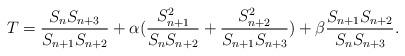
LaTeX: \begin{align*} T=\frac{S_{n}S_{n+3}}{S_{n+1}S_{n+2}}+\alpha(\frac{S_{n+1}^2}{S_{n}S_{n+2}}+\frac{S_{n+2}^2}{S_{n+1}S_{n+3}})+\beta\frac{S_{n+1}S_{n+2}}{S_{n}S_{n+3}}. \end{align*}